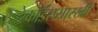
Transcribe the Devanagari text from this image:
रेकॉर्डससारखी